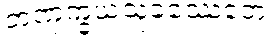
တဏှက္ခယသုခဿေတေ